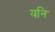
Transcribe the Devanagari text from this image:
यनि